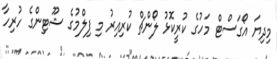
މިދިޔަ އޯގަސްޓް މަހުގެ ކުރީކޮޅު ލޯންޗް ކުރިއިރު މި ފިލްމުގެ ޝޫޓިންގެ ހުރިހާ